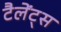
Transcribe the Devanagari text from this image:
टैलेंट्स